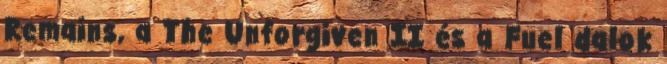
Remains, a The Unforgiven II és a Fuel dalok